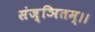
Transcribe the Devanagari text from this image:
संज्ञितम्।।